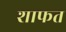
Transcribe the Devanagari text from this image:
शाफत